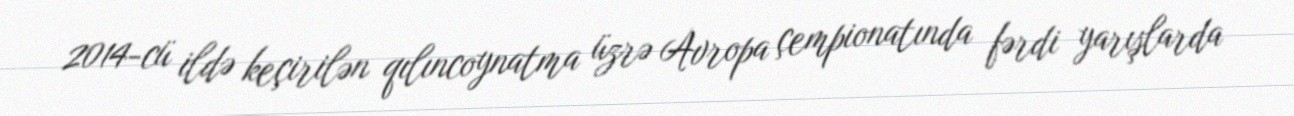
2014-cü ildə keçirilən qılıncoynatma üzrə Avropa çempionatında fərdi yarışlarda